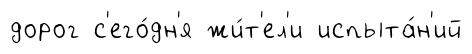
дорог с'его́дн'я жи́т'ел'и испыта́н'ий